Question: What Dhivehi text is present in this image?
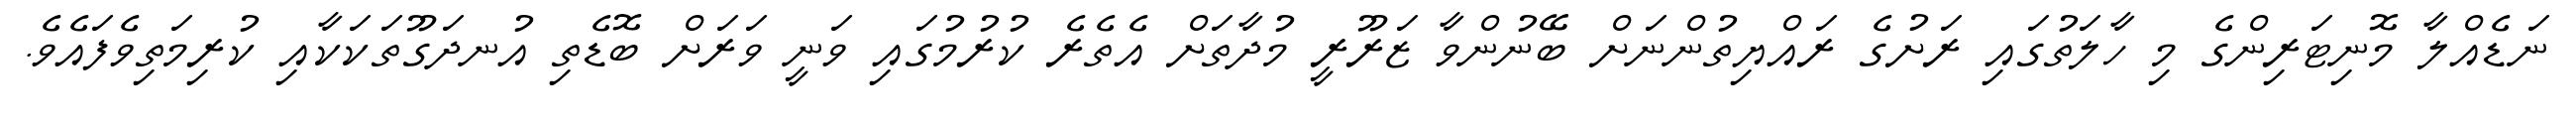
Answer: ނަޑެއްލާ މޮނިޓަރިންގެ މި ހާލަތުގައި ރަށުގެ ރައްޔިތުންނަށް ބޭނުންވާ ޒަރޫރީ މުދާތަށް އެތެރެ ކުރުމުގައި ވަނީ ވަރަށް ބޮޑެތި އުނދަގޫތަކަކާއި ކުރިމަތިވެފައެވެ.